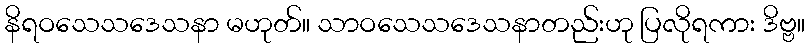
နိရဝသေသဒေသနာ မဟုတ်။ သာဝသေသဒေသနာတည်းဟု ပြလိုရကား ဒိဗ္ဗ။